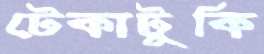
টেকাটুকি